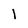
Character: l